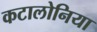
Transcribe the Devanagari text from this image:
कटालोनिया